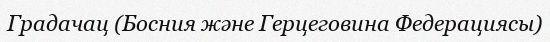
Градачац (Босния және Герцеговина Федерациясы)